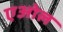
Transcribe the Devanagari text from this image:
एओल